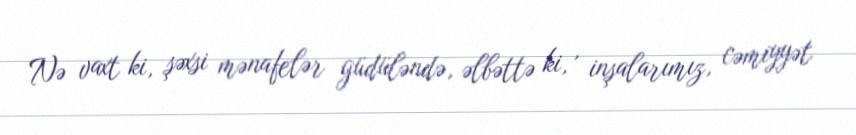
Nə vaxt ki, şəxsi mənafelər güdüləndə, əlbəttə ki, , inşalarımız, cəmiyyət